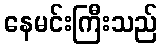
နေမင်းကြီးသည်